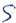
Text: S